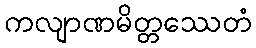
ကလျာဏမိတ္တဿေတံ